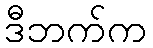
ဒီဘက်က